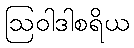
ဩဝါဒါစရိယ